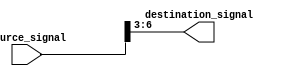
module part_select_assign (
    input [7:0] source_signal,
    output reg [3:0] destination_signal
);

always @* begin
    destination_signal = source_signal[6:3];
end

endmodule